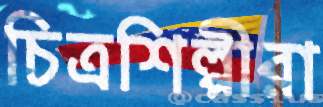
চিত্রশিল্পীরা